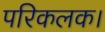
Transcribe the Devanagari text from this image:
परिकलक।